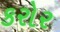
કરોર